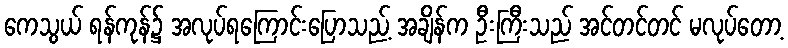
ကေသွယ် ရန်ကုန်၌ အလုပ်ရကြောင်းပြောသည့် အချိန်က ဦးကြီးသည် အင်တင်တင် မလုပ်တော့